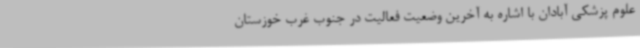
علوم پزشکی آبادان با اشاره به آخرین وضعیت فعالیت در جنوب غرب خوزستان